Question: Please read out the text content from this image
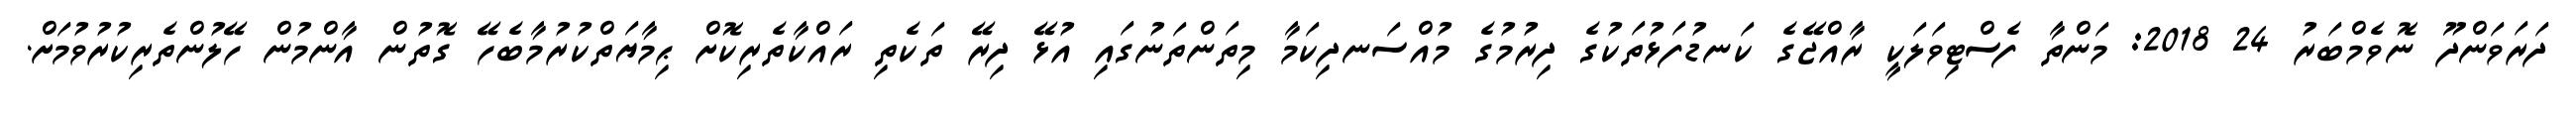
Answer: ދަރަވަންދޫ ނޮވެމްބަރު 24 2018: މަންތާ ފެސްޓިވަލަކީ ރާއްޖޭގެ ކަނޑުފަޅުތަކުގެ ދިރުމުގެ މުއްސަނދިކަމާ މިތަންތަނުގައި އުޅޭ ދިރޭ ތަކެތި ރައްކާތެރިކޮށް ޙިމާޔަތްކުރުމާބެހޭ ގޮތުން އާންމުން ހޭލުންތެރިކުރުވުމަށް.